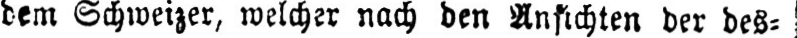
dem Schweizer, welcher nach den Ansichten der des⸗